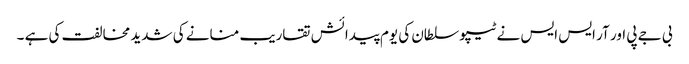
بی جے پی اور آر ایس ایس نے ٹیپو سلطان کی یوم پیدائش تقاریب منانے کی شدید مخالفت کی ہے ۔